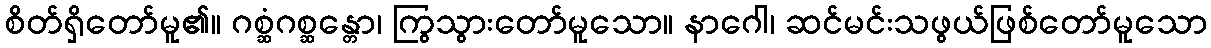
စိတ်ရှိတော်မူ၏။ ဂစ္ဆံဂစ္ဆန္တော၊ ကြွသွားတော်မူသော။ နာဂေါ၊ ဆင်မင်းသဖွယ်ဖြစ်တော်မူသော